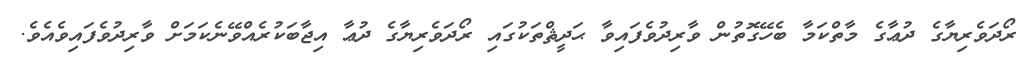
ރޯދަވެރިޔާގެ ދުޢާގެ މާތްކަމާ ބެހޭގޮތުން ވާރިދުވެފައިވާ ޙަދީޘްތަކުގައި ރޯދަވެރިޔާގެ ދުޢާ އިޖާބަކުރެއްވޭނެކަމަށް ވާރިދުވެފައިވެއެވެ.